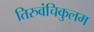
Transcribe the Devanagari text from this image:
तिरुवंचिकुलम